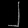
Digit: ၂